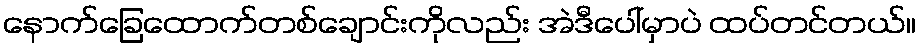
နောက်ခြေထောက်တစ်ချောင်းကိုလည်း အဲဒီပေါ်မှာပဲ ထပ်တင်တယ်။